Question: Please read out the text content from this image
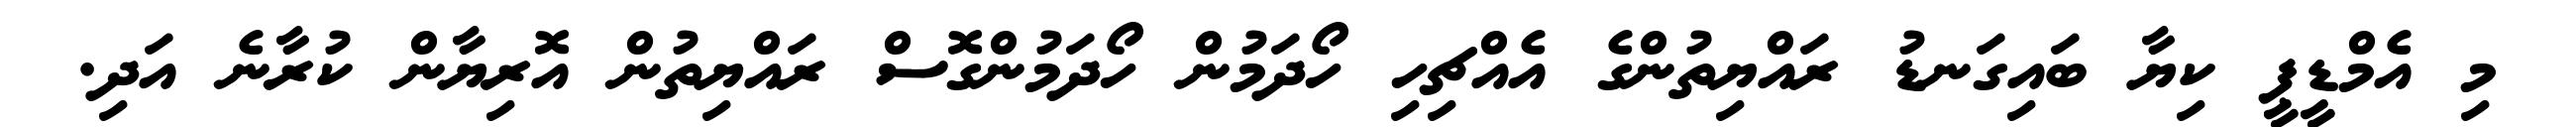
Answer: މި އެމްޑީޕީ ކިޔާ ބައިގަނޑު ރައްޔިތުންގެ އެއްޗިހި ހޯދަމުން ހޯދަމުންގޮސް ރައްޔިތުން އޮރިޔާން ކުރާނެ އަދި.